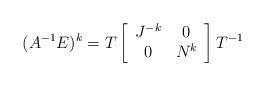
LaTeX: \begin{align*}(A^{-1}E)^k = T \left[\begin{array}{cc} J^{-k}& 0\\0&N^k\end{array}\right]T^{-1}\end{align*}